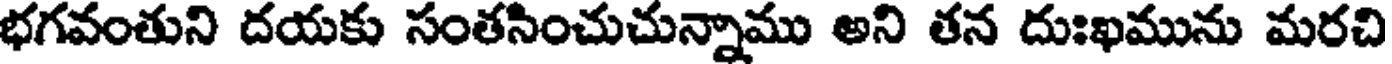
భగవంతుని దయకు సంతసించుచున్నాము అని తన దుఃఖమును మరచి